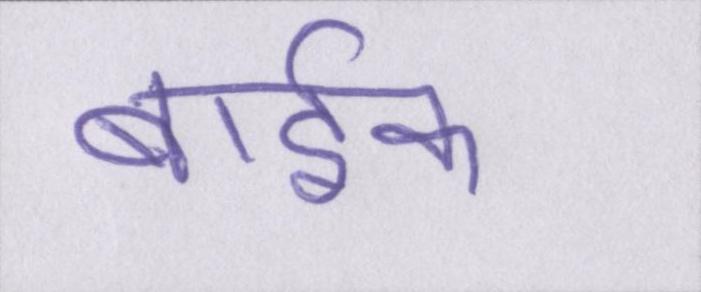
बार्इक